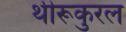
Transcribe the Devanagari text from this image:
थीरूकुरल